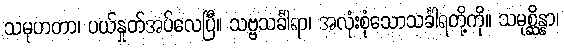
သမုဟတာ၊ ပယ်နှုတ်အပ်လေပြီ။ သဗ္ဗသင်္ခါရာ၊ အလုံးစုံသောသင်္ခါရတို့ကို။ သမုစ္ဆိန္နာ၊